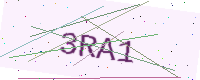
Text: 3RA1